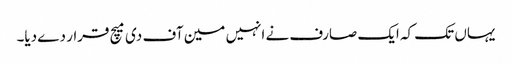
یہاں تک کہ ایک صارف نے انہیں مین آف دی میچ قرار دے دیا۔